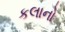
કલાનો